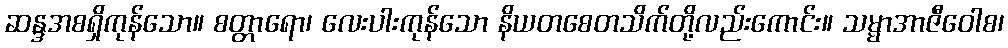
ဆန္ဒအစရှိကုန်သော။ စတ္တာရော၊ လေးပါးကုန်သော နိယတစေတသိက်တို့လည်းကောင်း။ သမ္မာအာဇီဝေါစ၊